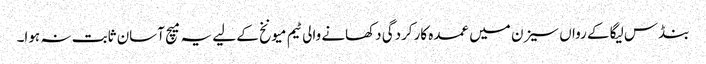
بنڈس لیگا کے رواں سیزن میں عمدہ کارکردگی دکھانے والی ٹیم میونخ کے لیے یہ میچ آسان ثابت نہ ہوا۔